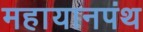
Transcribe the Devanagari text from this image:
महायानपंथ